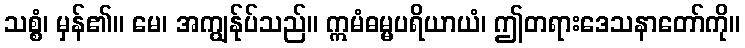
သစ္စံ၊ မှန်၏။ မေ၊ အကျွန်ုပ်သည်။ ဣမံဓမ္မပရိယာယံ၊ ဤတရားဒေသနာတော်ကို။